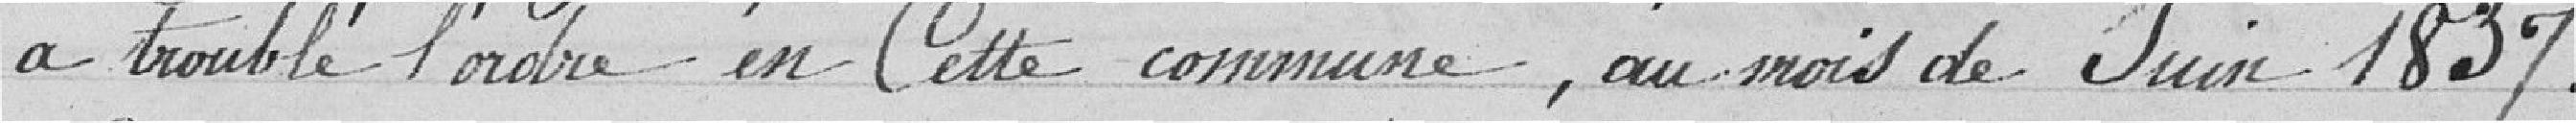
a troublé l'ordre en Cette commune, au mois de Juin 1837.